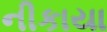
નીકાયા